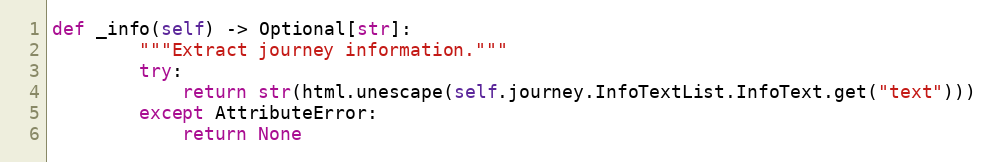
Language: Python
def _info(self) -> Optional[str]:
        """Extract journey information."""
        try:
            return str(html.unescape(self.journey.InfoTextList.InfoText.get("text")))
        except AttributeError:
            return None